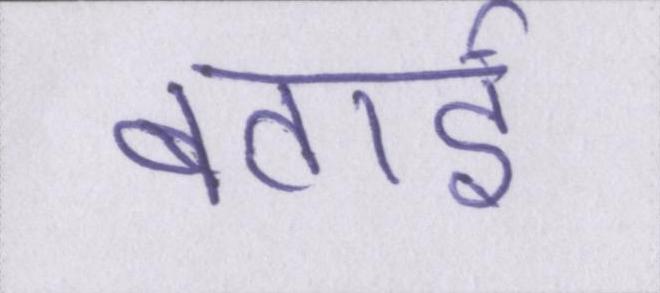
बताई